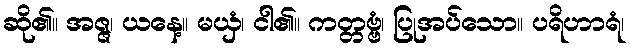
ဆို၏။ အဇ္ဇ၊ ယနေ့။ မယှံ၊ ငါ၏။ ကတ္တဗ္ဗံ၊ ပြုအပ်သော။ ပရိဟာရံ၊